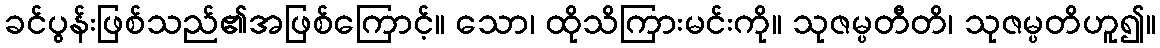
ခင်ပွန်းဖြစ်သည်၏အဖြစ်ကြောင့်။ သော၊ ထိုသိကြားမင်းကို။ သုဇမ္ပတီတိ၊ သုဇမ္ပတိဟူ၍။